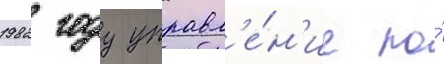
1982 году управл'е́н'ие по́